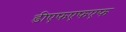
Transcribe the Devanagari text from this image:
डीएफएफएफ